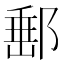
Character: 𨜚